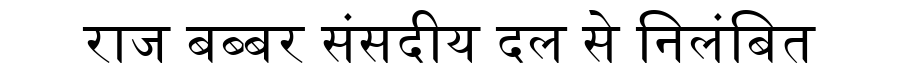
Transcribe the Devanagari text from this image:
राज बब्बर संसदीय दल से निलंबित